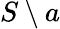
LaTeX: S\setminus a